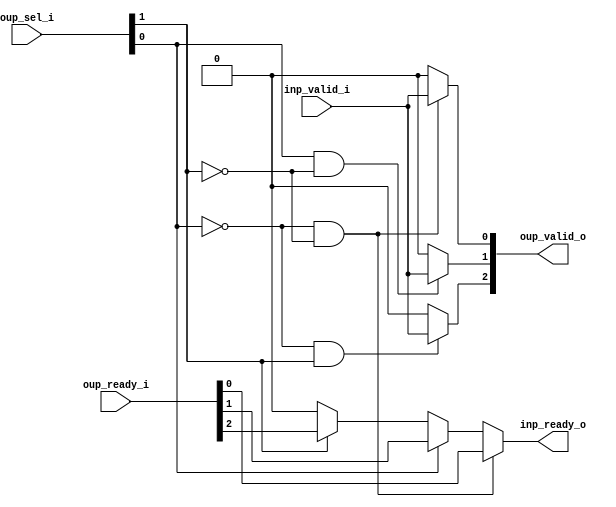
module stream_demux_N_OUP3
(
  inp_valid_i,
  inp_ready_o,
  oup_sel_i,
  oup_valid_o,
  oup_ready_i
);

  input [1:0] oup_sel_i;
  output [2:0] oup_valid_o;
  input [2:0] oup_ready_i;
  input inp_valid_i;
  output inp_ready_o;
  wire [2:0] oup_valid_o;
  wire inp_ready_o,N0,N1,N2,N3,N4,N5,N6,N7,N8,N9,N10,N11,N12,N13,N14;
  assign N10 = N0 & oup_sel_i[1];
  assign N0 = ~oup_sel_i[0];
  assign N9 = oup_sel_i[0] & N1;
  assign N1 = ~oup_sel_i[1];
  assign N14 = N2 & N3;
  assign N2 = ~oup_sel_i[0];
  assign N3 = ~oup_sel_i[1];
  assign oup_valid_o[0] = (N4)? inp_valid_i : 
                          (N11)? 1'b0 : 1'b0;
  assign N4 = N14;
  assign oup_valid_o[1] = (N5)? inp_valid_i : 
                          (N12)? 1'b0 : 1'b0;
  assign N5 = N9;
  assign oup_valid_o[2] = (N6)? inp_valid_i : 
                          (N13)? 1'b0 : 1'b0;
  assign N6 = N10;
  assign inp_ready_o = (N4)? oup_ready_i[0] : 
                       (N7)? oup_ready_i[1] : 
                       (N8)? oup_ready_i[2] : 1'b0;
  assign N7 = oup_sel_i[0];
  assign N8 = oup_sel_i[1];
  assign N11 = ~N14;
  assign N12 = ~N9;
  assign N13 = ~N10;

endmodule